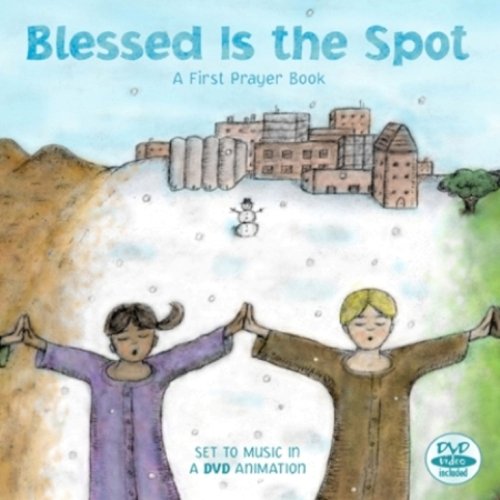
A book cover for Blessed Is the Spot: A First Prayer Book; Religion & Spirituality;